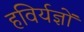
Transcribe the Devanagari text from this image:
हविर्यज्ञों